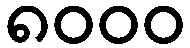
၈၀၀၀